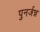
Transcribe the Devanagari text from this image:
पुनर्जन्न